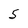
Character: 5